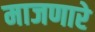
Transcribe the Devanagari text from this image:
माजणारे